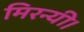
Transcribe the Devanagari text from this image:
मिरन्यी।